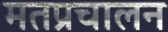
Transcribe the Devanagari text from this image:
मतप्रचालन